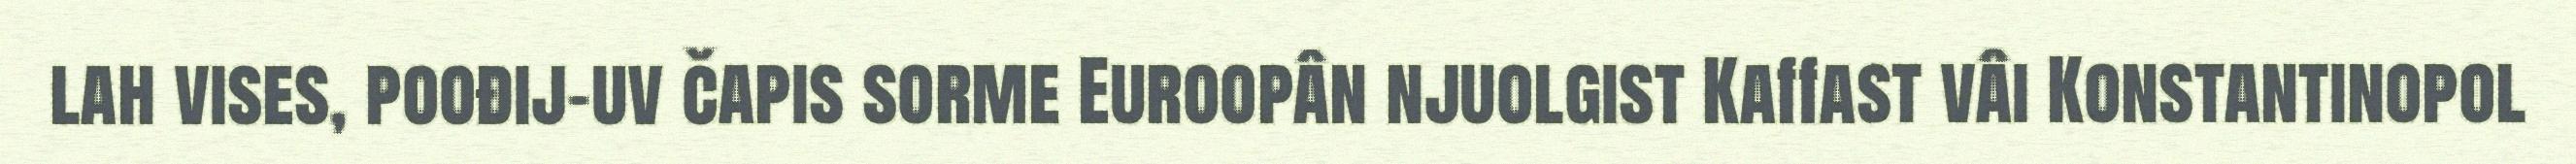
lah vises, poođij-uv čapis sorme Euroopân njuolgist Kaffast vâi Konstantinopol